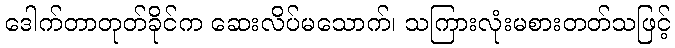
ဒေါက်တာတုတ်ခိုင်က ဆေးလိပ်မသောက်၊ သကြားလုံးမစားတတ်သဖြင့်